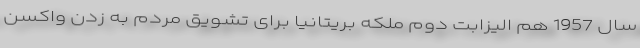
سال 1957 هم الیزابت دوم ملکه بریتانیا برای تشویق مردم به زدن واکسن